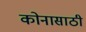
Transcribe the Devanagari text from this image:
कोनासाठी